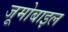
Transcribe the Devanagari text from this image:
जूमोबाइल